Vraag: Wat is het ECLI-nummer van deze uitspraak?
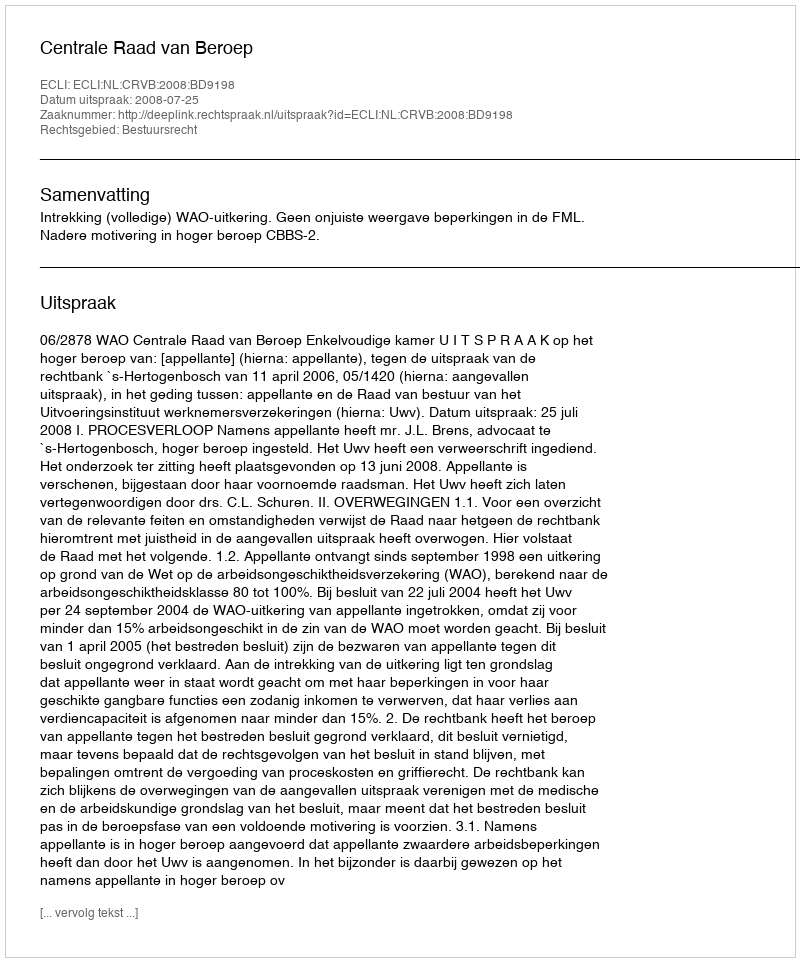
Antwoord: ECLI:NL:CRVB:2008:BD9198